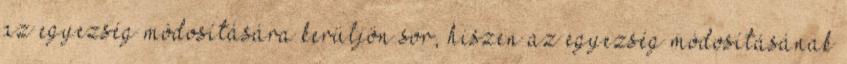
az egyezség módosítására kerüljön sor, hiszen az egyezség módosításának